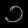
Digit: ၁